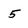
Character: 5